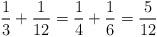
LaTeX: \begin{align*}\frac{1}{3} + \frac{1}{ 12} = \frac{1}{4} + \frac{1}{ 6} =\frac{5}{12 } \end{align*}